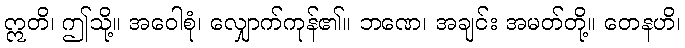
ဣတိ၊ ဤသို့။ အဝေါစုံ၊ လျှောက်ကုန်၏။ ဘဏေ၊ အချင်း အမတ်တို့။ တေနဟိ၊